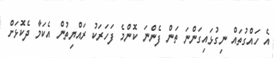
އެ ހައްގުތައް ނިގުޅައިގަންނަ ތަން ފެންނަ ކޮންމެ ފަހަރަކު ރައްޔިތުން އެކަމާ ދެކޮޅަށް